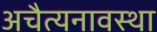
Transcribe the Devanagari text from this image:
अचैत्यनावस्था